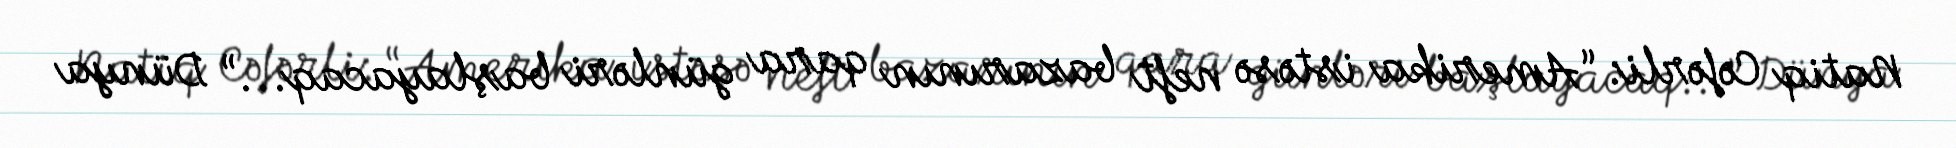
Natiq Cəfərli: “Amerika istəsə neft bazarının qara günləri başlayacaq...” Dünya